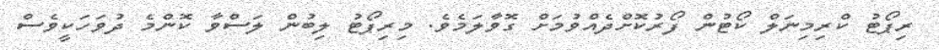
ރިޕޯޓު ކްރިމިނަލް ކޯޓުން ފޯރުކޮށްދެއްވުމަށް ގޮވާލަމެވެ. މިރިޕޯޓު ލިބުން ލަސްވާ ކޮންމެ ދުވަހަކީވެސް